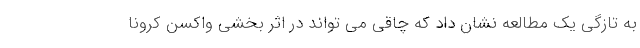
به تازگی یک مطالعه نشان داد که چاقی می تواند در اثر بخشی واکسن کرونا